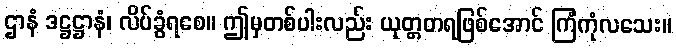
ဌာနံ ဒဋ္ဌဋ္ဌာနံ၊ လိပ်ခွံရစေ။ ဤမှတစ်ပါးလည်း ယုတ္တတရဖြစ်အောင် ကြံကုံလသေး။